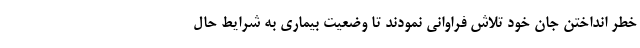
خطر انداختن جان خود تلاش فراوانی نمودند تا وضعیت بیماری به شرایط حال